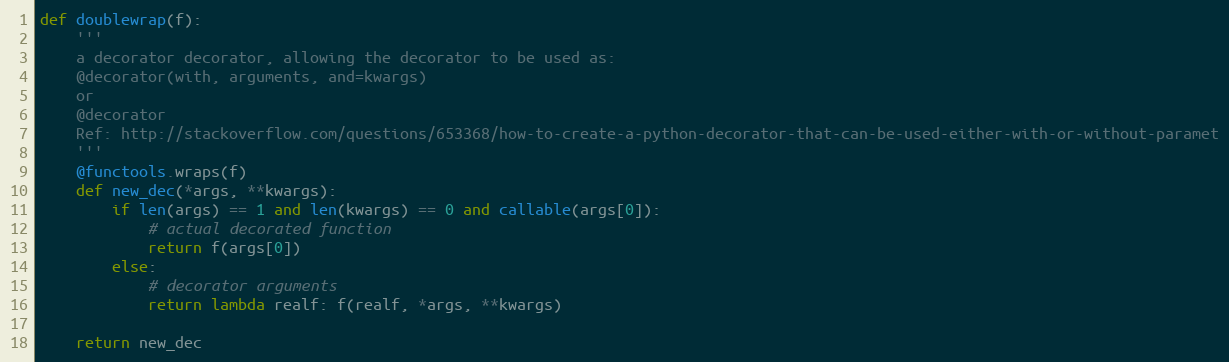
Language: Python
def doublewrap(f):
    '''
    a decorator decorator, allowing the decorator to be used as:
    @decorator(with, arguments, and=kwargs)
    or
    @decorator
    Ref: http://stackoverflow.com/questions/653368/how-to-create-a-python-decorator-that-can-be-used-either-with-or-without-paramet
    '''
    @functools.wraps(f)
    def new_dec(*args, **kwargs):
        if len(args) == 1 and len(kwargs) == 0 and callable(args[0]):
            # actual decorated function
            return f(args[0])
        else:
            # decorator arguments
            return lambda realf: f(realf, *args, **kwargs)

    return new_dec